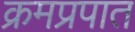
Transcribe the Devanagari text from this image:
क्रमप्रपात